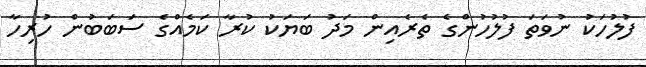
ފުލުހަކު ނުވަތަ ފުލުހުންގެ ތެރެއިން މަދު ބަޔަކު ކުރާ ކަމެއްގެ ސަބަބުން ހުރިހާ